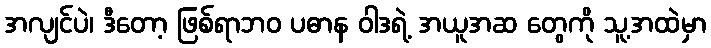
အလျင်ပဲ၊ ဒီတော့ ဖြစ်ရာဘဝ ပဓာန ဝါဒရဲ့ အယူအဆ တွေကို သူ့အထဲမှာ